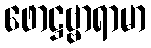
ဖောဋ္ဌဗ္ဗာရာမာ